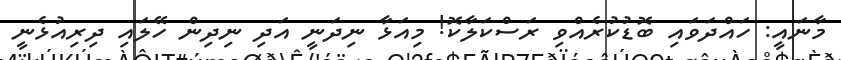
މާނައީ: ހައްދަވައި ބޮޑުކުރެއްވި ރަސްކަލާކޮ! މިއަޅާ ނިދަނީ އަދި ނިދިން ހޭލައި ދިރިއުޅެނީ